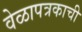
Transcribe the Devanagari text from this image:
वेळापत्रकाची